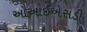
ઓઆઈએસડી